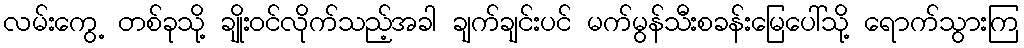
လမ်းကွေ့ တစ်ခုသို့ ချိုးဝင်လိုက်သည့်အခါ ချက်ချင်းပင် မက်မွန်သီးစခန်းမြေပေါ်သို့ ရောက်သွားကြ